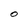
Character: O